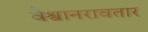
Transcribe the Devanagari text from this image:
वैश्वानरावतार